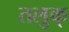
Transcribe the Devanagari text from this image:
तलुक्